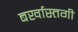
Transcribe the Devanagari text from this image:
बर्खास्‍तगी